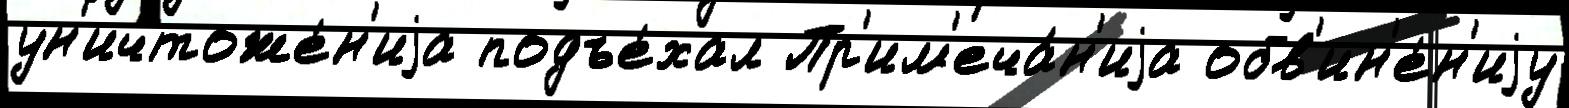
ун'ичтоже́н'иjа подъе́хал Пр'им'еча́н'иjа обв'ин'е́н'иjу